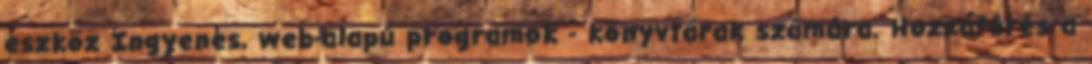
eszköz Ingyenes, web-alapú programok - könyvtárak számára. Hozzáférés a